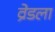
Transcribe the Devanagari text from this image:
व्रेडला